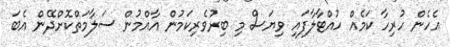
އެހެން ހުރިހާ ކަމެއް ހުއްޓާލާފައި ވިޔަސް މި ބިރުވެރިކަމުން އާއްމުން ސަލާމަތްކޮށްދޭން އެބަ